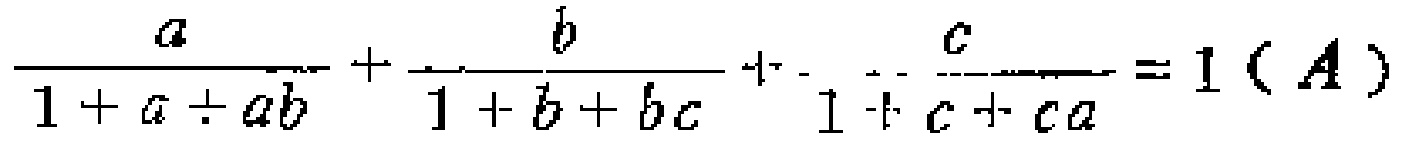
\frac{a}{1 + a + ab}+\frac{b}{1 + b + bc}+\frac{c}{1 + c + ca}=1(A)